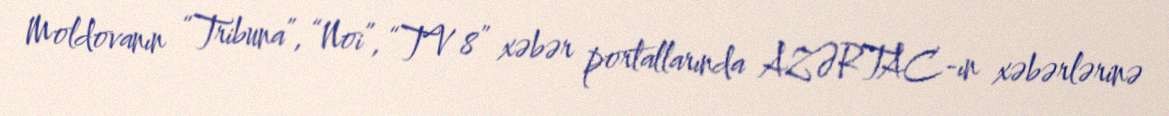
Moldovanın “Tribuna”, “Noi”, “TV 8” xəbər portallarında AZƏRTAC-ın xəbərlərinə